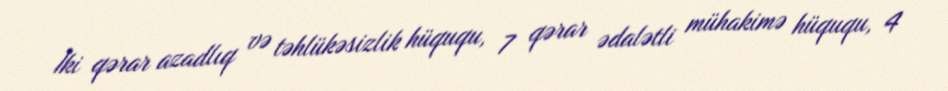
İki qərar azadlıq və təhlükəsizlik hüququ, 7 qərar ədalətli mühakimə hüququ, 4